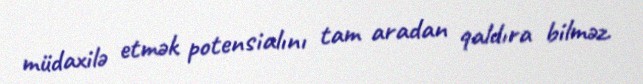
müdaxilə etmək potensialını tam aradan qaldıra bilməz.